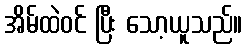
အိမ်ထဲဝင် ပြီး သော့ယူသည်။